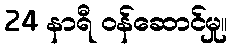
24 နာရီ ဝန်ဆောင်မှု။